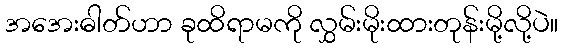
အအေးဓါတ်ဟာ ခုထိရာမကို လွှမ်းမိုးထားတုန်းမို့လို့ပဲ။